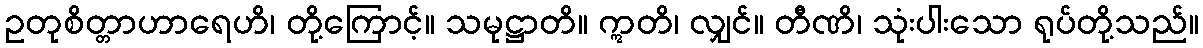
ဥတုစိတ္တာဟာရေဟိ၊ တို့ကြောင့်။ သမုဋ္ဌာတိ။ ဣတိ၊ လျှင်။ တီဏိ၊ သုံးပါးသော ရုပ်တို့သည်။